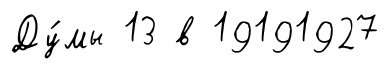
Ду́мы 13 в 19191927